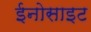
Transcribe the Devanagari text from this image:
ईनोसाइट